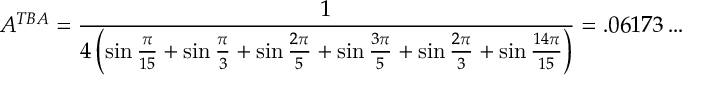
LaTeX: A ^ { T B A } = \frac { 1 } { 4 \left( \sin \frac { \pi } { 1 5 } + \sin \frac { \pi } { 3 } + \sin \frac { 2 \pi } { 5 } + \sin \frac { 3 \pi } { 5 } + \sin \frac { 2 \pi } { 3 } + \sin \frac { 1 4 \pi } { 1 5 } \right) } = . 0 6 1 7 3 \ldots